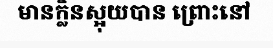
មានក្លិនស្អុយបាន ព្រោះនៅ